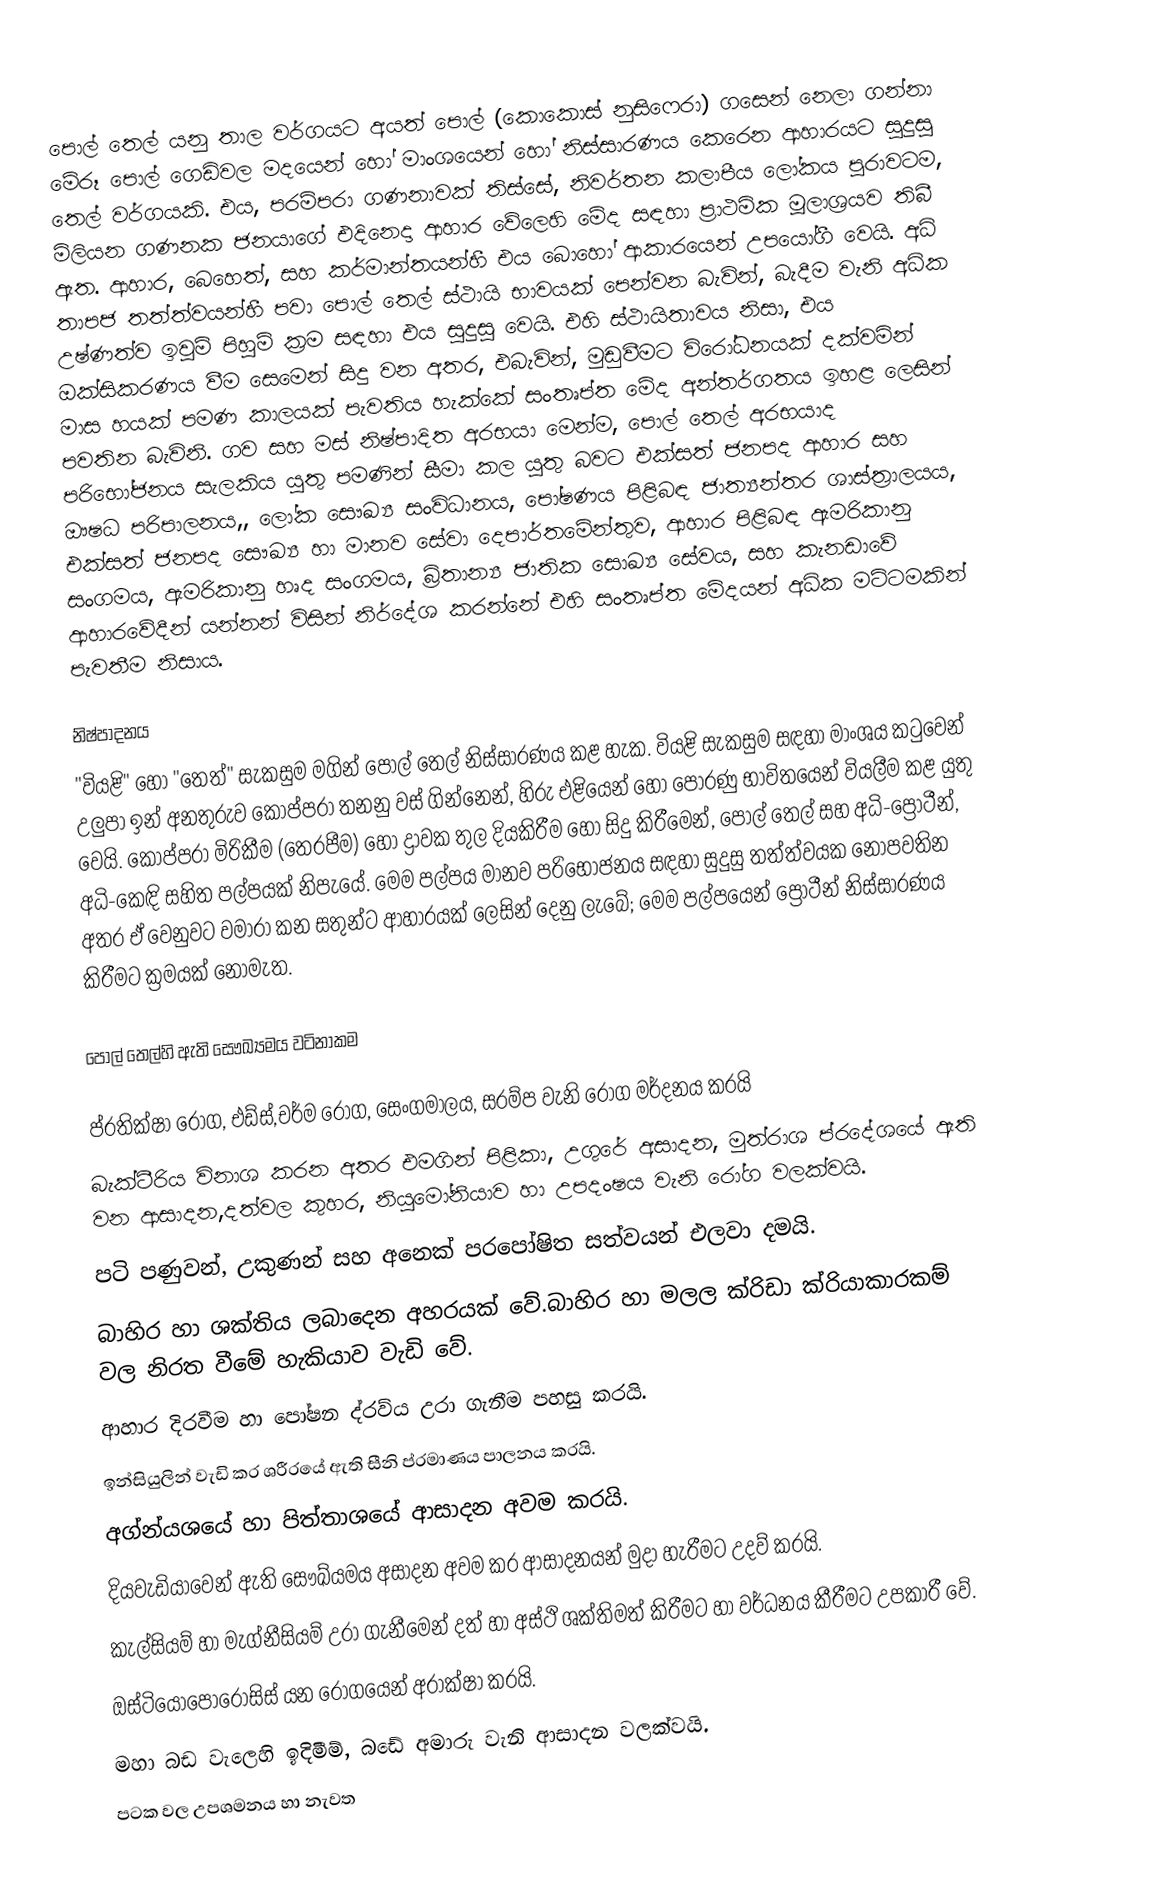
පොල් තෙල් යනු  තාල වර්ගයට අයත් පොල් (කොකොස් නුසිෆෙරා) ගසෙන් නෙලා ගන්නා  මේරූ පොල් ගෙඩිවල මදයෙන් හෝ  මාංශයෙන්  හෝ නිස්සාරණය කෙරෙන ආහාරයට සුදුසු තෙල් වර්ගයකි.  එය, පරම්පරා ගණනාවක් තිස්සේ,  නිවර්තන කලාපීය ලෝකය පුරාවටම, මිලියන ගණනක ජනයාගේ එදිනෙදා ආහාර වේලෙහි මේද සඳහා ප්‍රාථමික මූලාශ්‍රයව තිබී ඇත. ආහාර, බෙහෙත්, සහ කර්මාන්තයන්හී එය බොහෝ ආකාරයෙන් උපයෝගී වෙයි. අධි තාපජ තත්ත්වයන්හී පවා පොල් තෙල් ස්ථායි භාවයක් පෙන්වන බැවින්, බැදීම වැනි අධික උෂ්ණත්ව ඉවුම් පිහුම් ක්‍රම සඳහා එය සුදුසු වෙයි.  එහි ස්ථායිතාවය නිසා, එය ඔක්සිකරණය වීම සෙමෙන් සිදු වන අතර, එබැවින්, මුඩුවීමට විරෝධනයක් දක්වමින් මාස හයක් පමණ කාලයක් පැවතිය හැක්කේ සංතෘප්ත මේද අන්තර්ගතය ඉහළ ලෙසින් පවතින බැවිනි. ගව සහ  මස් නිෂ්පාදිත අරභයා මෙන්ම, පොල් තෙල් අරභයාද පරිභෝජනය සැලකිය යුතු පමණින් සීමා කල යුතු බවට එක්සත් ජනපද ආහාර සහ ඖෂධ පරිපාලනය,, ලෝක සෞඛ්‍ය සංවිධානය, පෝෂණය පිළිබඳ ජාත්‍යන්තර ශාස්ත්‍රාලයය, එක්සත් ජනපද සෞඛ්‍ය හා මානව සේවා දෙපාර්තමේන්තුව, ආහාර පිළිබඳ ඇමරිකානු සංගමය, ඇමරිකානු හෘද සංගමය, බ්‍රිතාන්‍ය ජාතික සොඛ්‍ය සේවය, සහ කැනඩාවේ ආහාරවේදීන් යන්නන් විසින්  නිර්දේශ කරන්නේ එහි සංතෘප්ත මේදයන් අධික මට්ටමකින් පැවතීම නිසාය.

නිෂ්පාදනය
"වියළි" හෝ "තෙත්" සැකසුම මගින් පොල් තෙල් නිස්සාරණය කළ හැක.  වියළි සැකසුම සඳහා මාංශය කටුවෙන් උලුපා ඉන් අනතුරුව කොප්පරා තනනු වස් ගින්නෙන්, හිරු එළියෙන් හෝ  පෝරණු භාවිතයෙන් වියලීම කළ යුතු වෙයි. කොප්පරා මිරිකීම (තෙරපීම) හෝ ද්‍රාවක තුල දියකිරීම හෝ සිදු කිරීමෙන්, පොල් තෙල් සහ අධි-ප්‍රෝටීන්, අධි-කෙඳි සහිත පල්පයක් නිපැයේ.  මෙම පල්පය මානව පරිභෝජනය සඳහා සුදුසු තත්ත්වයක නොපවතින අතර  ඒ වෙනුවට වමාරා කන සතුන්ට ආහාරයක් ලෙසින් දෙනු ලැබේ; මෙම පල්පයෙන් ප්‍රෝටීන් නිස්සාරණය කිරීමට ක්‍රමයක් නොමැත.

පොල් තෙල්හි ඇති සෞඛ්‍යමය වටිනාකම

 ප්රතික්ෂා රෝග, එඩ්ස්,චර්ම රෝග, සෙංගමාලය, සරම්ප වැනි රෝග මර්දනය කරයි
 බැක්ටීරිය විනාශ කරන අතර එමගින් පිළිකා, උගුරේ අසාදන, මුත්රාශ ප්රදේශයේ ඇති වන ආසාදන,දත්වල කුහර, නියුමෝනියාව හා උපදංෂය වැනි රෝග වලක්වයි.
 පටි පණුවන්, උකුණන් සහ අනෙක් පරපෝෂිත සත්වයන් එලවා දමයි.
 බාහිර හා ශක්තිය ලබාදෙන අහරයක් වේ.බාහිර හා මලල ක්රිඩා ක්රියාකාරකම්  වල නිරත වීමේ හැකියාව වැඩි වේ.
 ආහාර දිරවීම හා පෝෂන ද්රව්ය උරා ගැනීම පහසු කරයි.
 ඉන්සියුලින් වැඩි කර ශරීරයේ ඇති සීනි ප්රමාණය පාලනය කරයි.
 අග්න්යශයේ හා පිත්තාශයේ ආසාදන අවම කරයි.
 දියවැඩියාවෙන් ඇති සෞඛ්යමය අසාදන අවම කර ආසාදනයන් මුදා හැරීමට උදව් කරයි.
 කැල්සියම් හා මැග්නීසියම් උරා ගැනීමෙන් දත් හා අස්ථි ශක්තිමත් කිරීමට හා වර්ධනය කීරීමට උපකාරී වේ.
 ඔස්ටියෝපොරෝසිස් යන රෝගයෙන් අරාක්ෂා කරයි.
 මහා බඩ වැලෙහි ඉදිමීම්, බඩේ අමාරු වැනි ආසාදන වලක්වයි.
 පටක වල උපශමනය හා නැවත